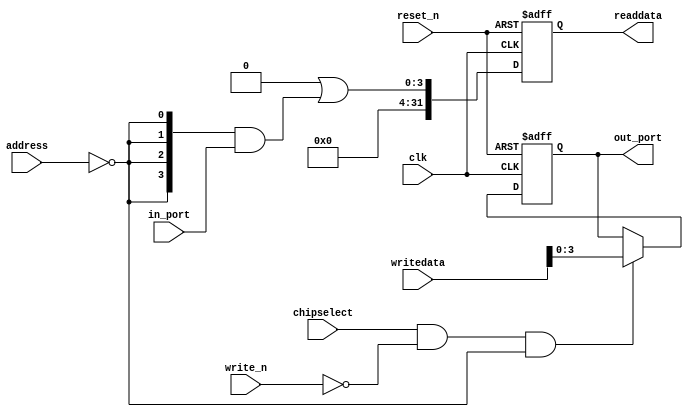
// This program was cloned from: https://github.com/stanford-ppl/spatial-lang
// License: MIT License

//Legal Notice: (C)2018 Altera Corporation. All rights reserved.  Your
//use of Altera Corporation's design tools, logic functions and other
//software and tools, and its AMPP partner logic functions, and any
//output files any of the foregoing (including device programming or
//simulation files), and any associated documentation or information are
//expressly subject to the terms and conditions of the Altera Program
//License Subscription Agreement or other applicable license agreement,
//including, without limitation, that your use is for the sole purpose
//of programming logic devices manufactured by Altera and sold by Altera
//or its authorized distributors.  Please refer to the applicable
//agreement for further details.

// synthesis translate_off
`timescale 1ns / 1ps
// synthesis translate_on

// turn off superfluous verilog processor warnings 
// altera message_level Level1 
// altera message_off 10034 10035 10036 10037 10230 10240 10030 13469 16735 16788 

module ghrd_10as066n2_led_pio_altera_avalon_pio_171_yz2rppa (
                                                              // inputs:
                                                               address,
                                                               chipselect,
                                                               clk,
                                                               in_port,
                                                               reset_n,
                                                               write_n,
                                                               writedata,

                                                              // outputs:
                                                               out_port,
                                                               readdata
                                                            )
;

  output  [  3: 0] out_port;
  output  [ 31: 0] readdata;
  input   [  1: 0] address;
  input            chipselect;
  input            clk;
  input   [  3: 0] in_port;
  input            reset_n;
  input            write_n;
  input   [ 31: 0] writedata;


wire             clk_en;
wire    [  3: 0] data_in;
reg     [  3: 0] data_out;
wire    [  3: 0] out_port;
wire    [  3: 0] read_mux_out;
reg     [ 31: 0] readdata;
  assign clk_en = 1;
  //s1, which is an e_avalon_slave
  assign read_mux_out = {4 {(address == 0)}} & data_in;
  always @(posedge clk or negedge reset_n)
    begin
      if (reset_n == 0)
          readdata <= 0;
      else if (clk_en)
          readdata <= {32'b0 | read_mux_out};
    end


  always @(posedge clk or negedge reset_n)
    begin
      if (reset_n == 0)
          data_out <= 0;
      else if (chipselect && ~write_n && (address == 0))
          data_out <= writedata[3 : 0];
    end


  assign out_port = data_out;
  assign data_in = in_port;

endmodule